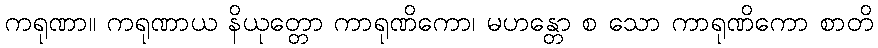
ကရုဏာ။ ကရုဏာယ နိယုတ္တော ကာရုဏိကော၊ မဟန္တော စ သော ကာရုဏိကော စာတိ